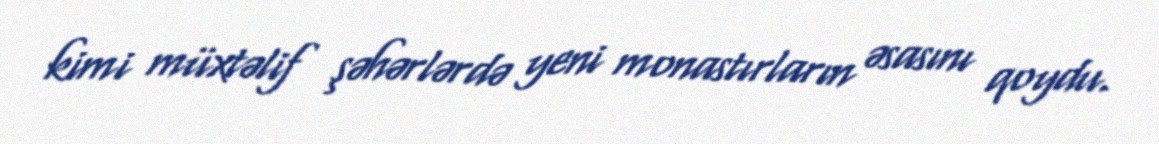
kimi müxtəlif şəhərlərdə yeni monastırların əsasını qoydu.